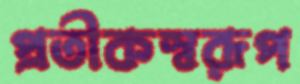
প্রতীকস্বরূপ